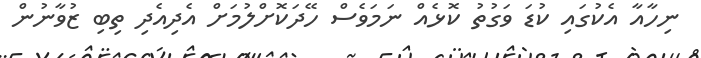
ނިހާއާ އެކުގައި ކުޑަ ވަގުތު ކޮޅެއް ނަމަވެސް ހޭދަކޮށްލުމަށް އެދިއެދި ތިބި ޒުވާނުން